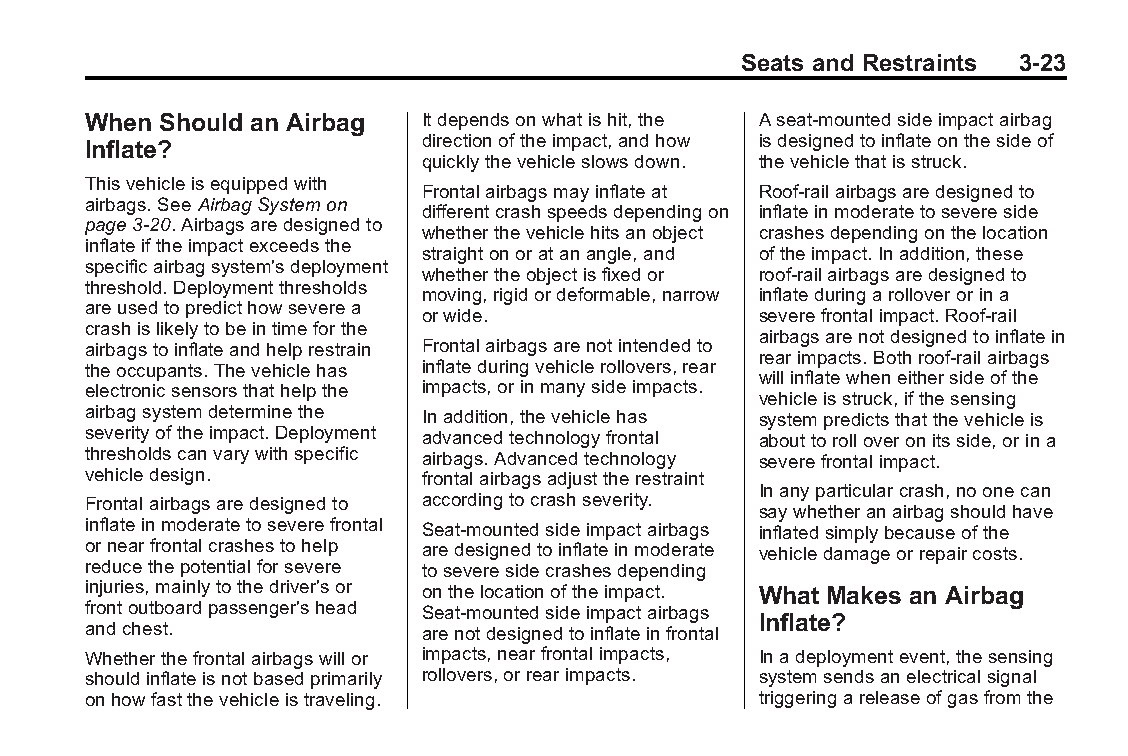
Buick LaCrosse Owner Manual (GMNA-Localizing-U.S./Canada/Mexico- Blackplate(23,1)
 6043609)-2014-2ndEdition-10/17/13
 Seats and Restraints 3-23
 When Should an Airbag  Itdependsonwhatishit,the Aseat-mountedsideimpactairbag
 directionoftheimpact,andhow isdesignedtoinflateonthesideof
 Inflate?
 quicklythevehicleslowsdown. thevehiclethatisstruck.
 Thisvehicleisequippedwith
 Frontalairbagsmayinflateat Roof-railairbagsaredesignedto
 airbags.SeeAirbagSystemon
 differentcrashspeedsdependingon inflateinmoderatetosevereside
 page3-20.Airbagsaredesignedto
 whetherthevehiclehitsanobject crashesdependingonthelocation
 inflateiftheimpactexceedsthe
 straightonoratanangle,and oftheimpact.Inaddition,these
 specificairbagsystem'sdeployment
 whethertheobjectisfixedor roof-railairbagsaredesignedto
 threshold.Deploymentthresholds
 moving,rigidordeformable,narrow inflateduringarolloverorina
 areusedtopredicthowseverea
 orwide.               severefrontalimpact.Roof-rail
 crashislikelytobeintimeforthe
 airbagsarenotdesignedtoinflatein
 airbagstoinflateandhelprestrain Frontalairbagsarenotintendedto
 rearimpacts.Bothroof-railairbags
 theoccupants.Thevehiclehas inflateduringvehiclerollovers,rear
 willinflatewheneithersideofthe
 electronicsensorsthathelpthe impacts,orinmanysideimpacts.
 vehicleisstruck,ifthesensing
 airbagsystemdeterminethe Inaddition,thevehiclehas systempredictsthatthevehicleis
 severityoftheimpact.Deployment advancedtechnologyfrontal abouttorolloveronitsside,orina
 thresholdscanvarywithspecific airbags.Advancedtechnology severefrontalimpact.
 vehicledesign.         frontalairbagsadjusttherestraint
 Inanyparticularcrash,noonecan
 Frontalairbagsaredesignedto accordingtocrashseverity.
 saywhetheranairbagshouldhave
 inflateinmoderatetoseverefrontal Seat-mountedsideimpactairbags inflatedsimplybecauseofthe
 ornearfrontalcrashestohelp aredesignedtoinflateinmoderate vehicledamageorrepaircosts.
 reducethepotentialforsevere toseveresidecrashesdepending
 injuries,mainlytothedriver'sor onthelocationoftheimpact. What Makes an Airbag
 frontoutboardpassenger'shead Seat-mountedsideimpactairbags
 Inflate?
 andchest.              arenotdesignedtoinflateinfrontal
 Whetherthefrontalairbagswillor impacts,nearfrontalimpacts, Inadeploymentevent,thesensing
 shouldinflateisnotbasedprimarily rollovers,orrearimpacts. systemsendsanelectricalsignal
 onhowfastthevehicleistraveling.              triggeringareleaseofgasfromthe